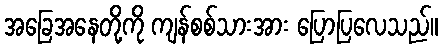
အခြေအနေတို့ကို ကျန်စစ်သားအား ပြောပြလေသည်။